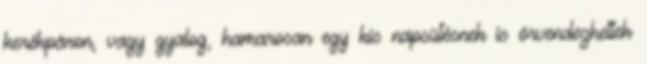
kerékpáron, vagy gyalog, hamarosan egy kis napsütésnek is örvendezhettek